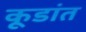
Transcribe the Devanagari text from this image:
कूडांत